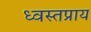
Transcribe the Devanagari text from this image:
ध्वस्तप्राय